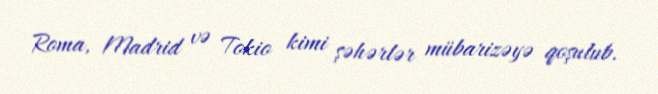
Roma, Madrid və Tokio kimi şəhərlər mübarizəyə qoşulub.